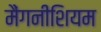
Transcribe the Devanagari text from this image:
मैंगनीशियम